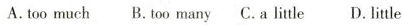
A. too much B.too many C.A litle D. little